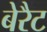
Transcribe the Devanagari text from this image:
बेरैट